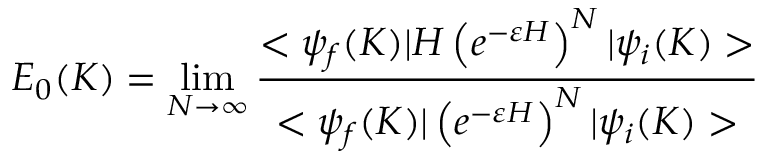
E _ { 0 } ( K ) = \operatorname * { l i m } _ { N \rightarrow \infty } \frac { < \psi _ { f } ( K ) | H \left( e ^ { - \varepsilon H } \right) ^ { N } | \psi _ { i } ( K ) > } { < \psi _ { f } ( K ) | \left( e ^ { - \varepsilon H } \right) ^ { N } | \psi _ { i } ( K ) > }